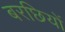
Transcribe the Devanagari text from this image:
बरछियों